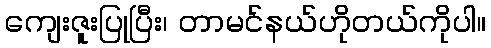
ကျေးဇူးပြုပြီး၊ တာမင်နယ်ဟိုတယ်ကိုပါ။